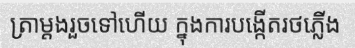
ត្រាម្តងរួចទៅហើយ ក្នុងការបង្កើតរថភ្លើង